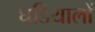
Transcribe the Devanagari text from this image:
घडियालों